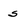
Character: s